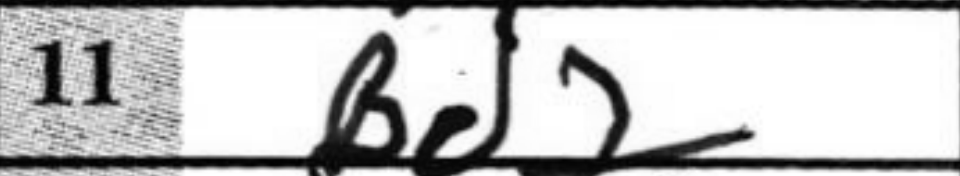
Transcription: Bd2